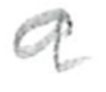
Text: a
Cross-out: clean
Writing tool: pencil